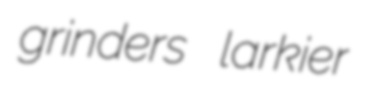
grinders larkier